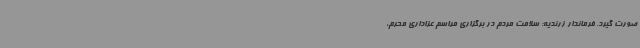
صورت گیرد. فرماندار زرندیه: سلامت مردم در برگزاری مراسم عزاداری محرم،